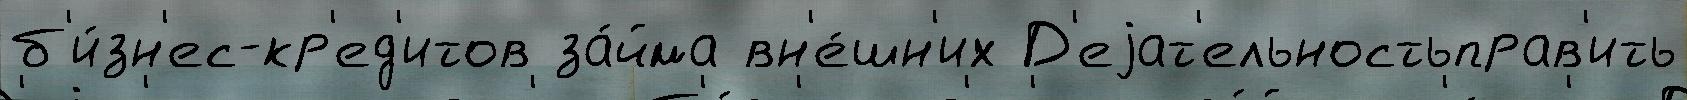
б'и́зн'ес-кр'ед'итов за́йма вн'е́шн'их Д'еjат'ельностьправ'ить